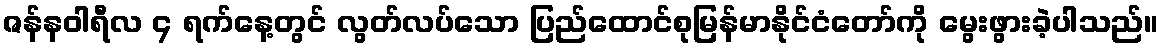
ဇန်နဝါရီလ ၄ ရက်နေ့တွင် လွတ်လပ်သော ပြည်ထောင်စုမြန်မာနိုင်ငံတော်ကို မွေးဖွားခဲ့ပါသည်။